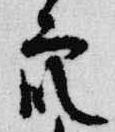
衆